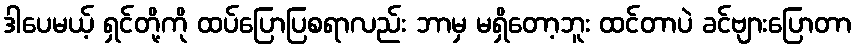
ဒါပေမယ့် ရှင်တို့ကို ထပ်ပြောပြစရာလည်း ဘာမှ မရှိတော့ဘူး ထင်တာပဲ ခင်ဗျားပြောတာ